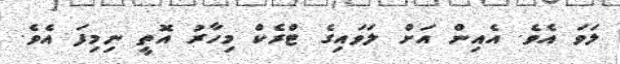
ލަވަ އެވެ. އެއިން އަށް ލަވައިގެ ޓްރެކް މިހާރު އޮތީ ނިމިފަ އެވެ.